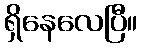
ရှိနေလေပြီ။